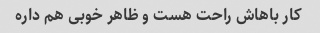
کار باهاش راحت هست و ظاهر خوبی هم داره